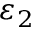
\varepsilon _ { 2 }